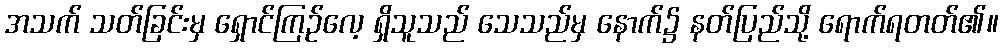
အသက် သတ်ခြင်းမှ ရှောင်ကြဉ်လေ့ ရှိသူသည် သေသည်မှ နောက်၌ နတ်ပြည်သို့ ရောက်ရတတ်၏။